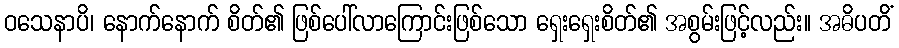
ဝသေနာပိ၊ နောက်နောက် စိတ်၏ ဖြစ်ပေါ်လာကြောင်းဖြစ်သော ရှေးရှေးစိတ်၏ အစွမ်းဖြင့်လည်း။ အဓိပတိံ